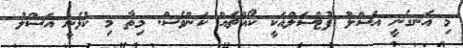
މި އެނގެނީ އަސްލު ފުޓްސަލްއަކީ ކޯއްޗެއް ކަންވެސް. މިތާ މި ކުޅެނީ އަސްލު